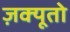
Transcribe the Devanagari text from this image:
ज़क्यूतो